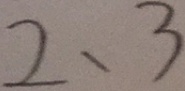
2 , 3